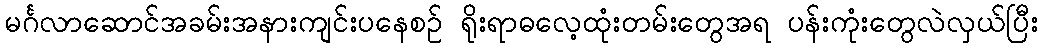
မင်္ဂလာဆောင်အခမ်းအနားကျင်းပနေစဉ် ရိုးရာဓလေ့ထုံးတမ်းတွေအရ ပန်းကုံးတွေလဲလှယ်ပြီး